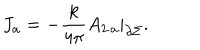
LaTeX: J _ { a } = - \frac { k } { 4 \pi } A _ { 2 \, a } | _ { \partial \Sigma } .